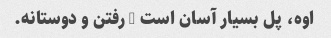
اوه، پل بسیار آسان است - رفتن و دوستانه.